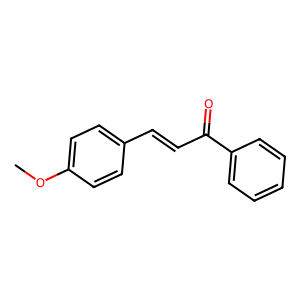
SMILES: COc1ccc(C=CC(=O)c2ccccc2)cc1
Inhibits HIV replication: No